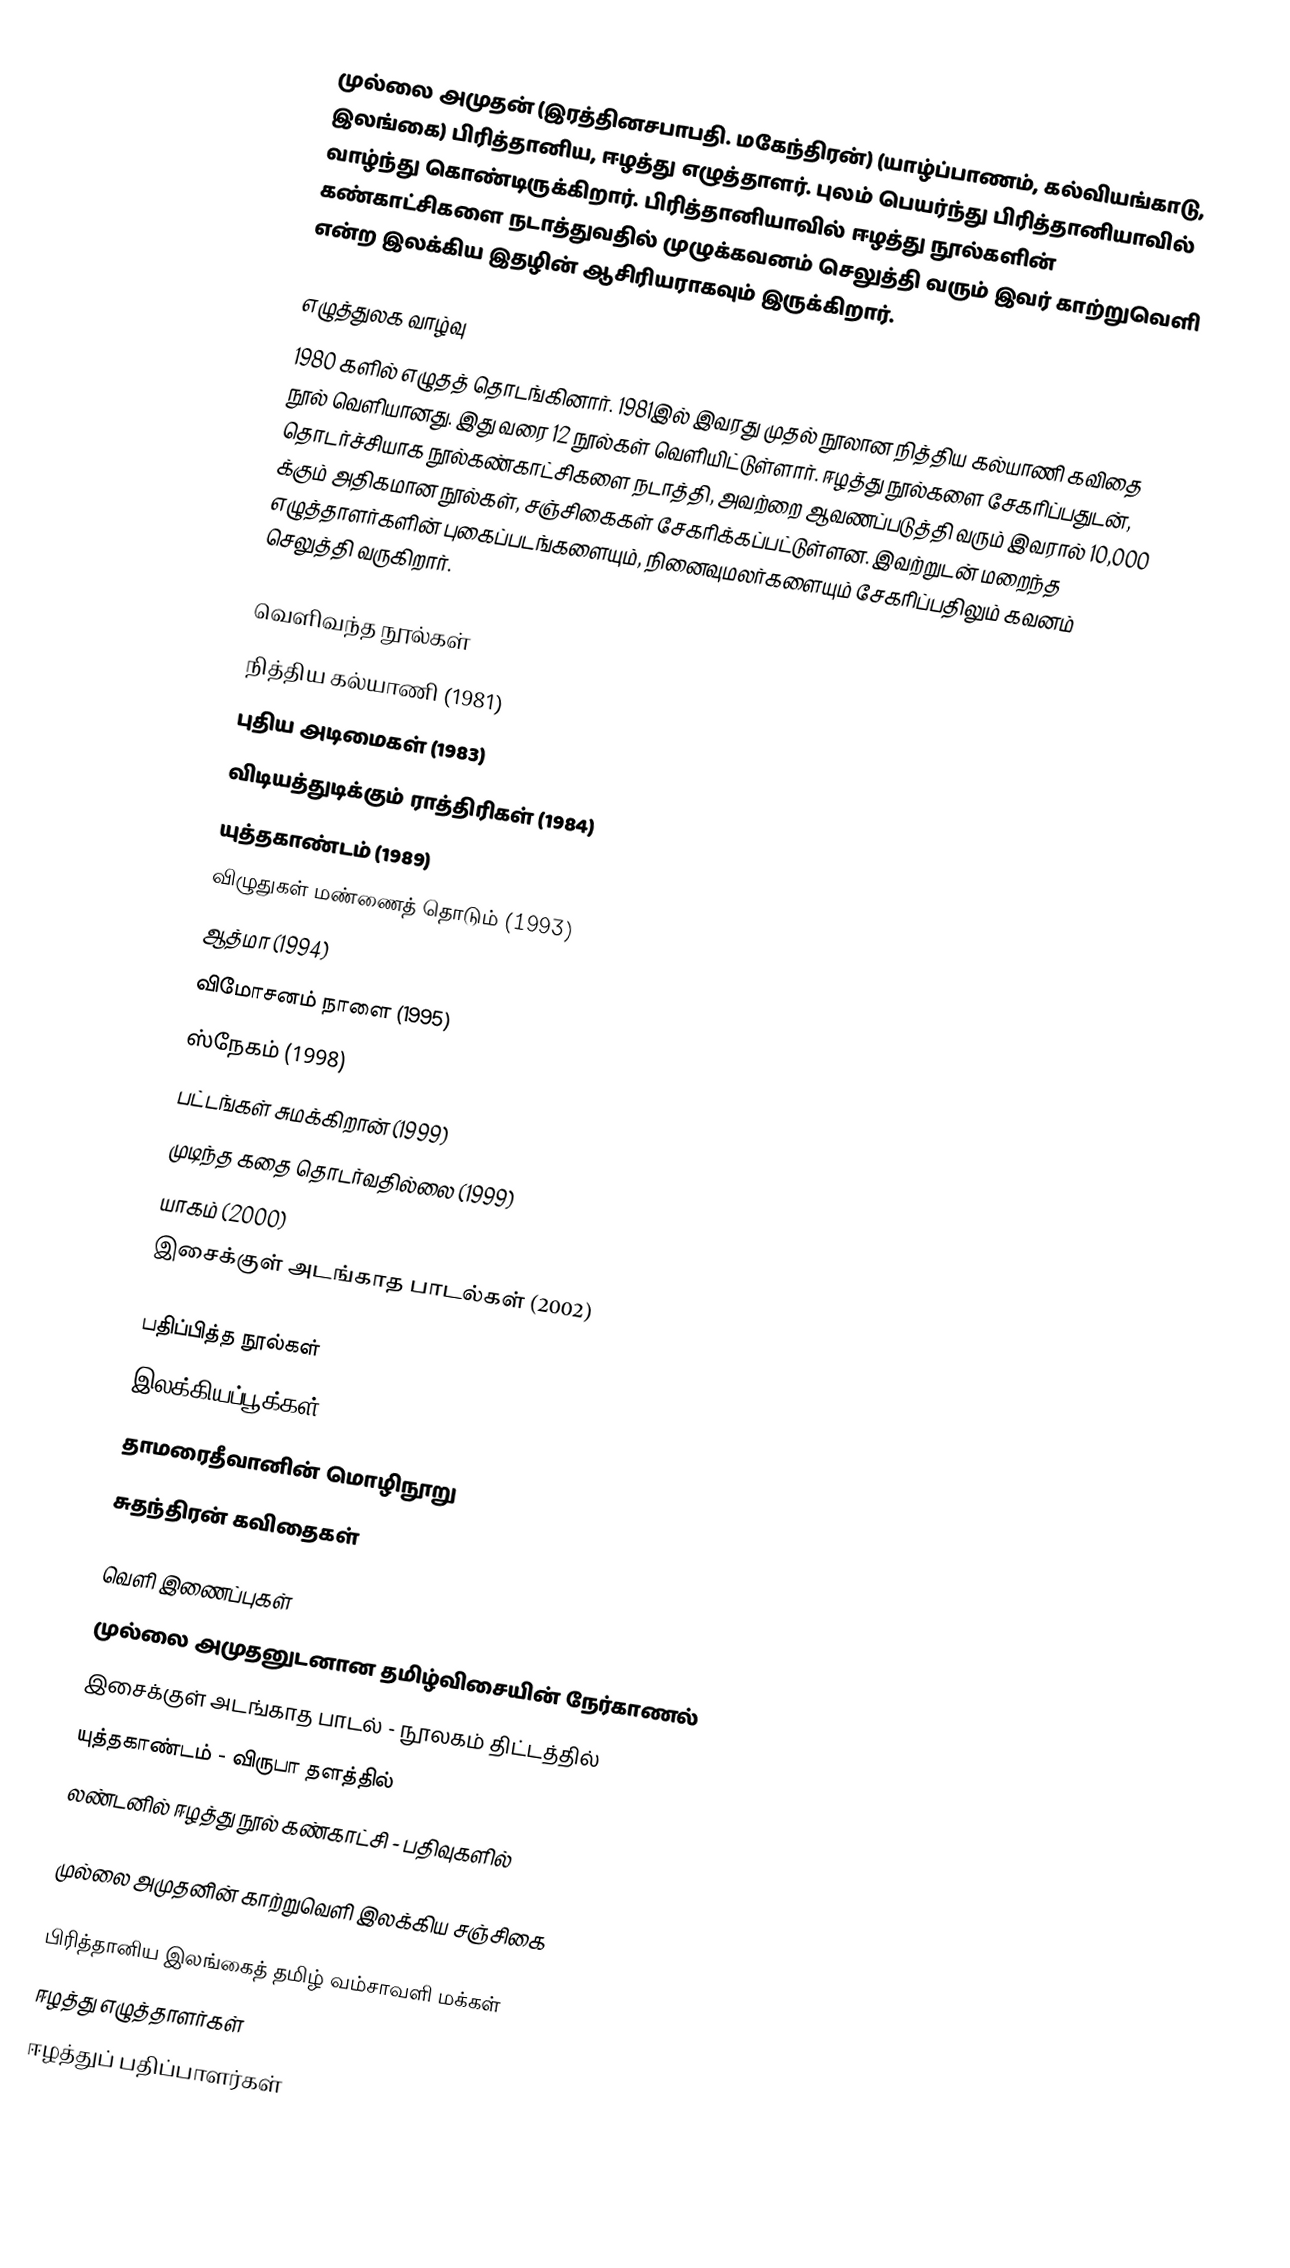
முல்லை அமுதன் (இரத்தினசபாபதி. மகேந்திரன்) (யாழ்ப்பாணம், கல்வியங்காடு, இலங்கை) பிரித்தானிய, ஈழத்து எழுத்தாளர்.  புலம் பெயர்ந்து பிரித்தானியாவில் வாழ்ந்து கொண்டிருக்கிறார். பிரித்தானியாவில் ஈழத்து நூல்களின் கண்காட்சிகளை நடாத்துவதில் முழுக்கவனம் செலுத்தி வரும் இவர் காற்றுவெளி என்ற இலக்கிய இதழின் ஆசிரியராகவும் இருக்கிறார்.

எழுத்துலக வாழ்வு
1980 களில் எழுதத் தொடங்கினார். 1981இல் இவரது முதல் நூலான நித்திய கல்யாணி கவிதை நூல் வெளியானது. இது வரை 12 நூல்கள் வெளியிட்டுள்ளார். ஈழத்து நூல்களை சேகரிப்பதுடன், தொடர்ச்சியாக நூல்கண்காட்சிகளை நடாத்தி, அவற்றை ஆவணப்படுத்தி வரும் இவரால்  10,000 க்கும் அதிகமான நூல்கள், சஞ்சிகைகள் சேகரிக்கப்பட்டுள்ளன. இவற்றுடன் மறைந்த எழுத்தாளர்களின் புகைப்படங்களையும், நினைவுமலர்களையும் சேகரிப்பதிலும் கவனம் செலுத்தி வருகிறார்.

வெளிவந்த நூல்கள்
 நித்திய கல்யாணி (1981)
 புதிய அடிமைகள் (1983)
 விடியத்துடிக்கும் ராத்திரிகள் (1984)
 யுத்தகாண்டம்  (1989)
 விழுதுகள் மண்ணைத் தொடும் (1993)
 ஆத்மா (1994)
 விமோசனம் நாளை  (1995)
 ஸ்நேகம்  (1998)
 பட்டங்கள் சுமக்கிறான் (1999)
 முடிந்த கதை தொடர்வதில்லை (1999)
 யாகம் (2000)
 இசைக்குள் அடங்காத பாடல்கள் (2002)

பதிப்பித்த நூல்கள்
 இலக்கியப்பூக்கள் (2008)
 தாமரைதீவானின் மொழிநூறு
 சுதந்திரன் கவிதைகள்

வெளி இணைப்புகள்
 முல்லை அமுதனுடனான தமிழ்விசையின் நேர்காணல்
 இசைக்குள் அடங்காத பாடல்  - நூலகம் திட்டத்தில்
 யுத்தகாண்டம்  - விருபா தளத்தில்
 லண்டனில் ஈழத்து நூல் கண்காட்சி - பதிவுகளில்

முல்லை அமுதனின் காற்றுவெளி இலக்கிய சஞ்சிகை

பிரித்தானிய இலங்கைத் தமிழ் வம்சாவளி மக்கள்
ஈழத்து எழுத்தாளர்கள்
ஈழத்துப் பதிப்பாளர்கள்